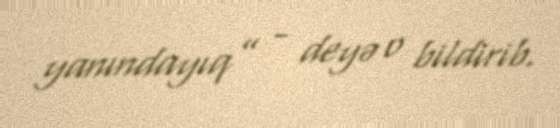
yanındayıq” - deyə o bildirib.